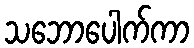
သဘောပေါက်ကာ